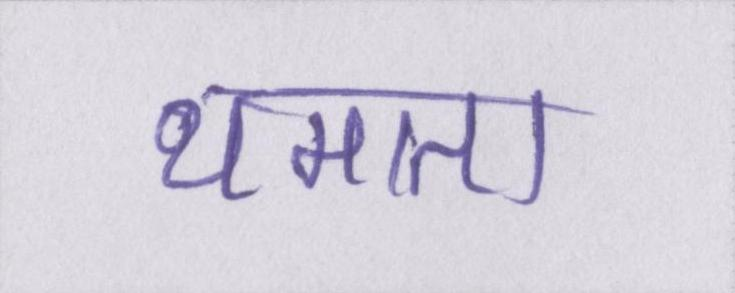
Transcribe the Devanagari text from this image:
थमाता